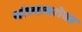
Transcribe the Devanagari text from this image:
यांच्‍याबरोबर